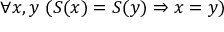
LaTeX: \forall x , y \ ( S ( x ) = S ( y ) \Rightarrow x = y )